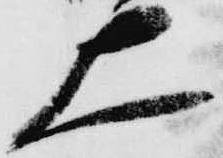
上